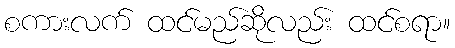
စကားလက် ထင်မည်ဆိုလည်း ထင်စရာ။